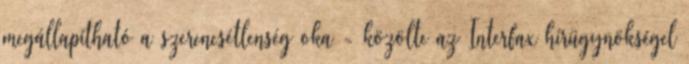
megállapítható a szerencsétlenség oka - közölte az Interfax hírügynökségel